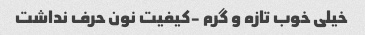
خیلی خوب تازه و گرم -کیفیت نون حرف نداشت